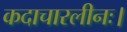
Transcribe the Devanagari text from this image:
कदाचारलीनः।